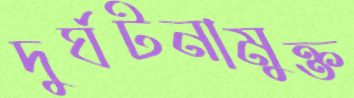
দুর্ঘটনামুক্ত